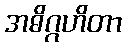
အဓိဂ္ဂဟိတာ